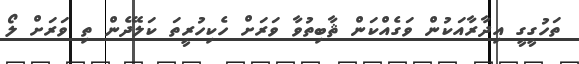
ތަހުގީގީ އިދާރާއަކުން ވަގެއްކަން ޘާބިތުވާ ވަރަށް ހެކިހުރީތަ ކަލޭދެން ތި ވަރަށް ލޯ